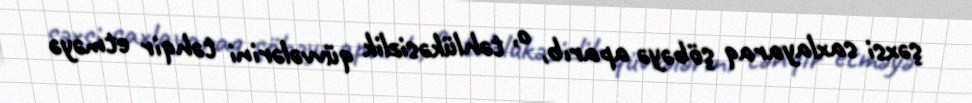
şəxsi saxlayaraq şöbəyə aparıb, o, təhlükəsizlik qüvvələrini təhqir etməyə